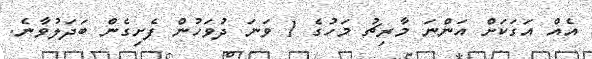
އެއް އަގަކަށް އަންނަ މާރިޗު މަހުގެ 1 ވަނަ ދުވަހުން ފެށިގެން ބަދަލުވާނެ.